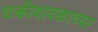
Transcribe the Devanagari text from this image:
चक्रीवादळाच्या